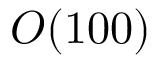
{ \cal O } ( 1 0 0 )